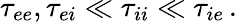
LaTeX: \tau_{ee},\tau_{ei}\ll\tau_{ii}\ll\tau_{ie}\, .